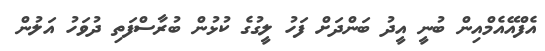
އެފްއޭއެމްއިން ބުނީ އީދު ބަންދަށް ފަހު ލީގުގެ ކުޅުން ބުރާސްފަތި ދުވަހު އަލުން